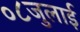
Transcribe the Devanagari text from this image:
०८जुलाई